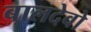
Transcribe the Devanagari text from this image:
बालदेवो